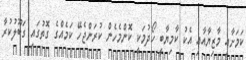
ކަމަށާއި މާޒިޔާއާއި އެކު ކާމިޔާބީ ހޯދުމަކީ ކޮންމެހެން ކުރަންޖެހޭ ކަމެއްގެ ގޮތުގައި ގަބޫލުކުރާ